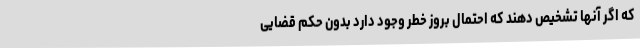
که اگر آنها تشخیص دهند که احتمال بروز خطر وجود دارد بدون حکم قضایی